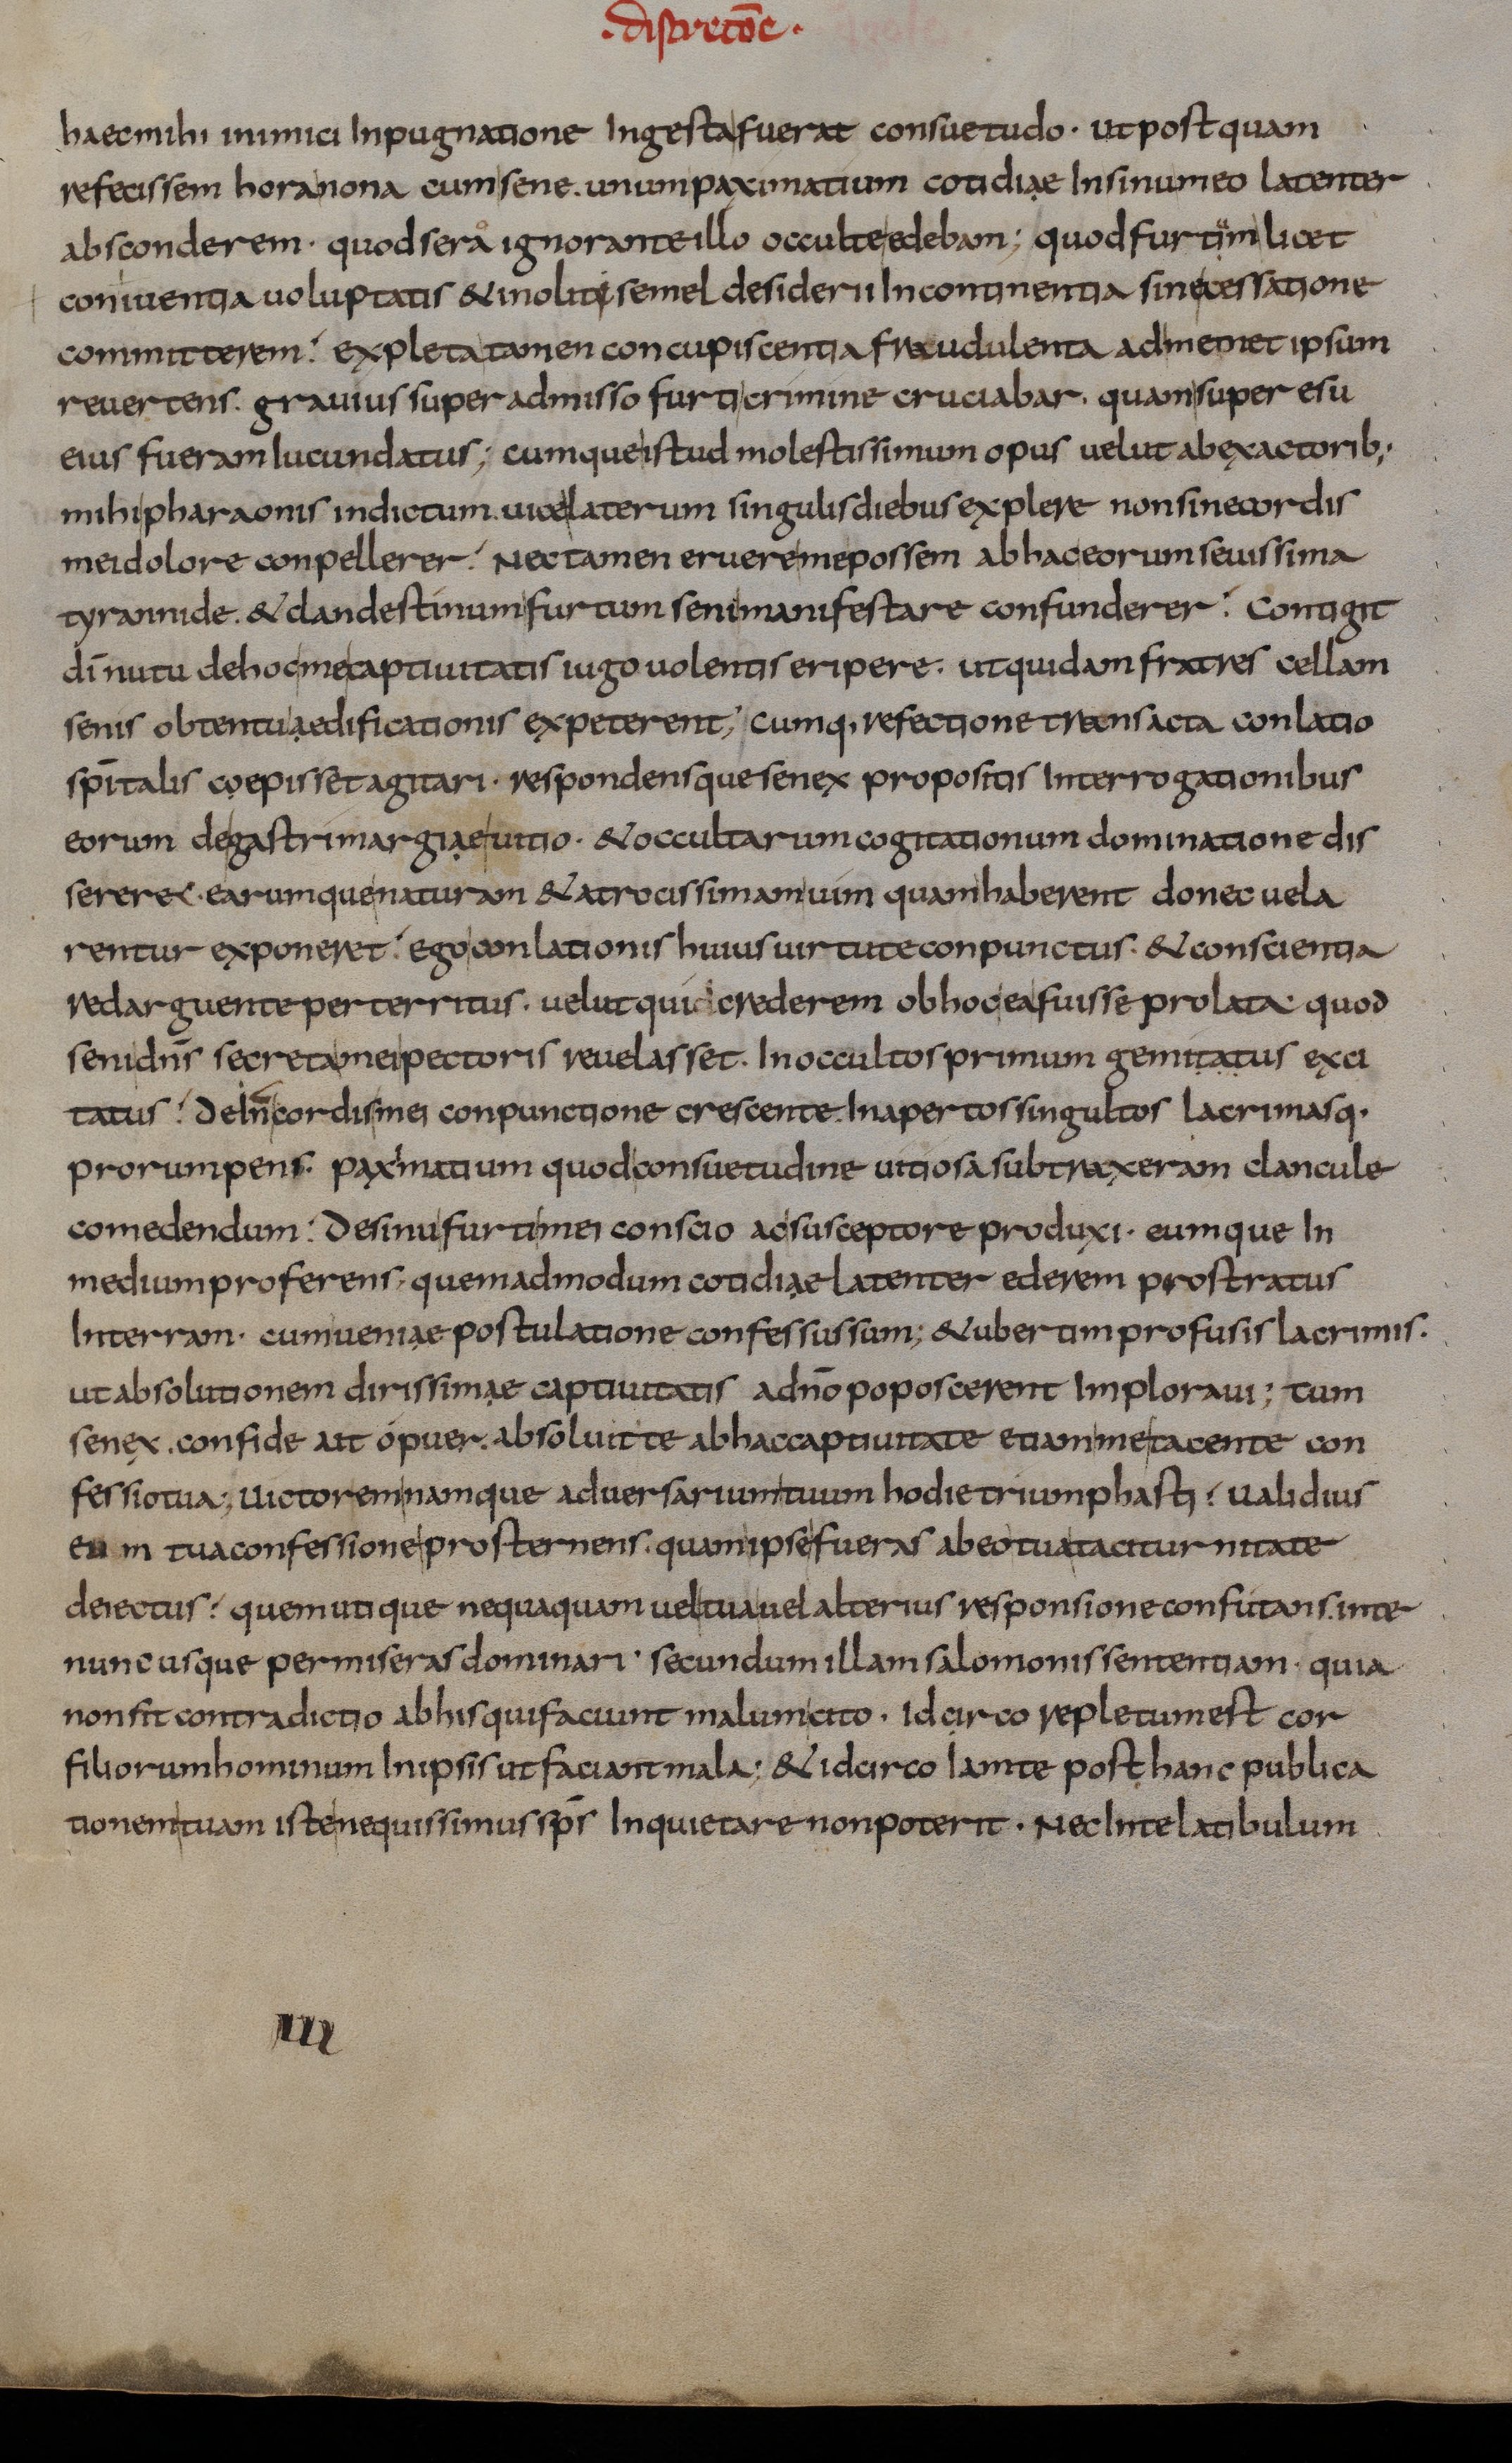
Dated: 833–865